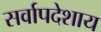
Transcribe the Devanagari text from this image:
सर्वापदेशाय